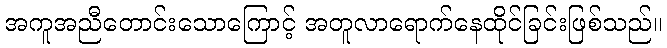
အကူအညီတောင်းသောကြောင့် အတူလာရောက်နေထိုင်ခြင်းဖြစ်သည်။